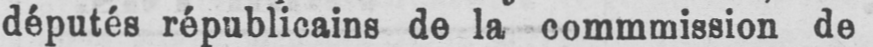
députés républicains de la commmission de